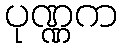
ပုဏ္ဏက